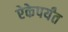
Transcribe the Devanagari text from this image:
ऐकेपर्यंत